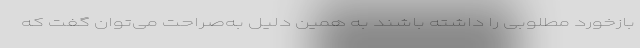
بازخورد مطلوبی را داشته باشند به همین دلیل به‌صراحت می‌توان گفت که